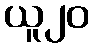
ယူ၂၀